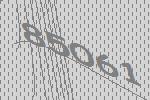
85061